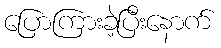
ပြောကြားခဲ့ပြီးနောက်